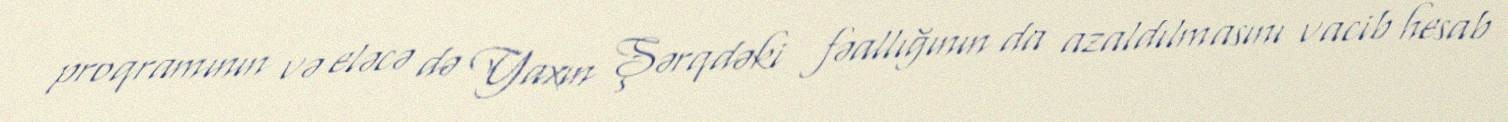
proqramının və eləcə də Yaxın Şərqdəki fəallığının da azaldılmasını vacib hesab